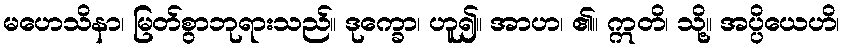
မဟေသိနာ၊ မြတ်စွာဘုရားသည်။ ဒုက္ခော၊ ဟူ၍။ အာဟ၊ ၏။ ဣတိ၊ သို့။ အပ္ပိယေဟိ၊